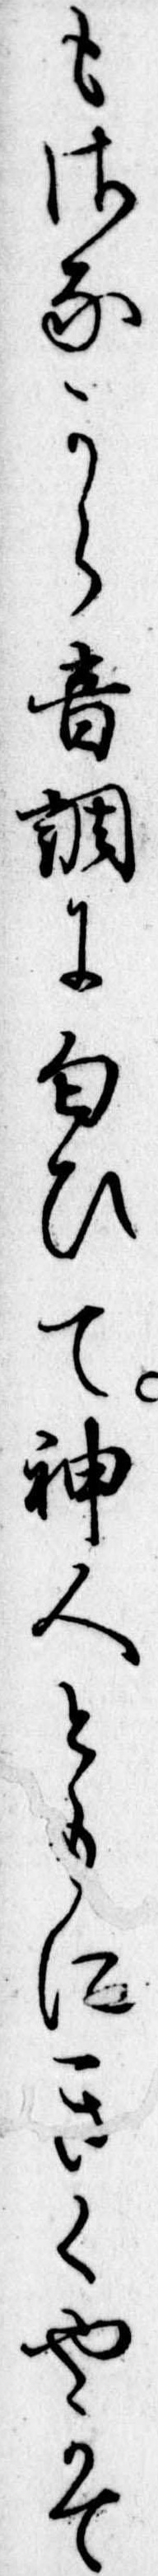
もさなから音調に匂ひて神人ともにきくやかて